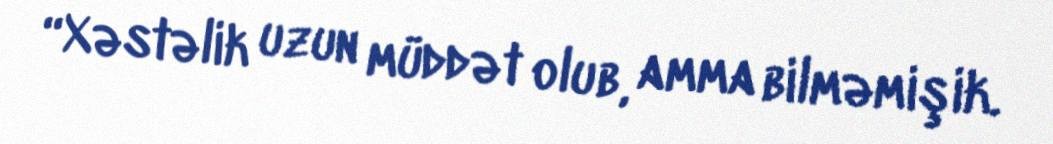
“Xəstəlik uzun müddət olub, amma bilməmişik.